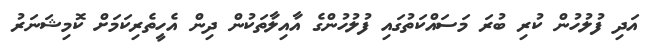
އަދި ފުލުހުން ކުރި ބުރަ މަސައްކަތުގައި ފުލުހުންގެ އާއިލާތަކުން ދިން އެހީތެރިކަމަށް ކޮމިޝަނަރު